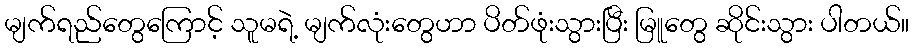
မျက်ရည်တွေကြောင့် သူမရဲ့ မျက်လုံးတွေဟာ ပိတ်ဖုံးသွားပြီး မြူတွေ ဆိုင်းသွား ပါတယ်။